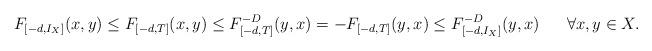
LaTeX: \begin{align*}F_{[-d,I_X]}(x,y)\leq F_{[-d,T]}(x,y)\leq F^{-D}_{[-d,T]}(y,x)=-F_{[-d,T]}(y,x)\leq F_{[-d,I_X]}^{-D}(y,x)\ \ \ \ \ \forall x,y\in X.\end{align*}